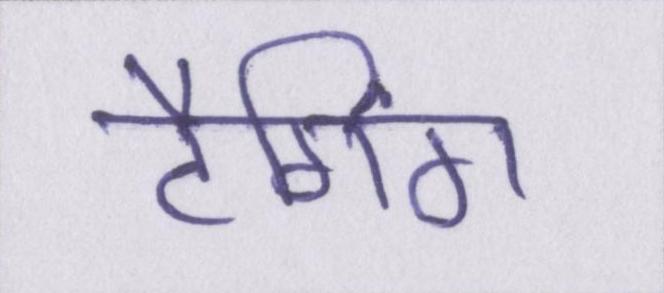
टैगिंग